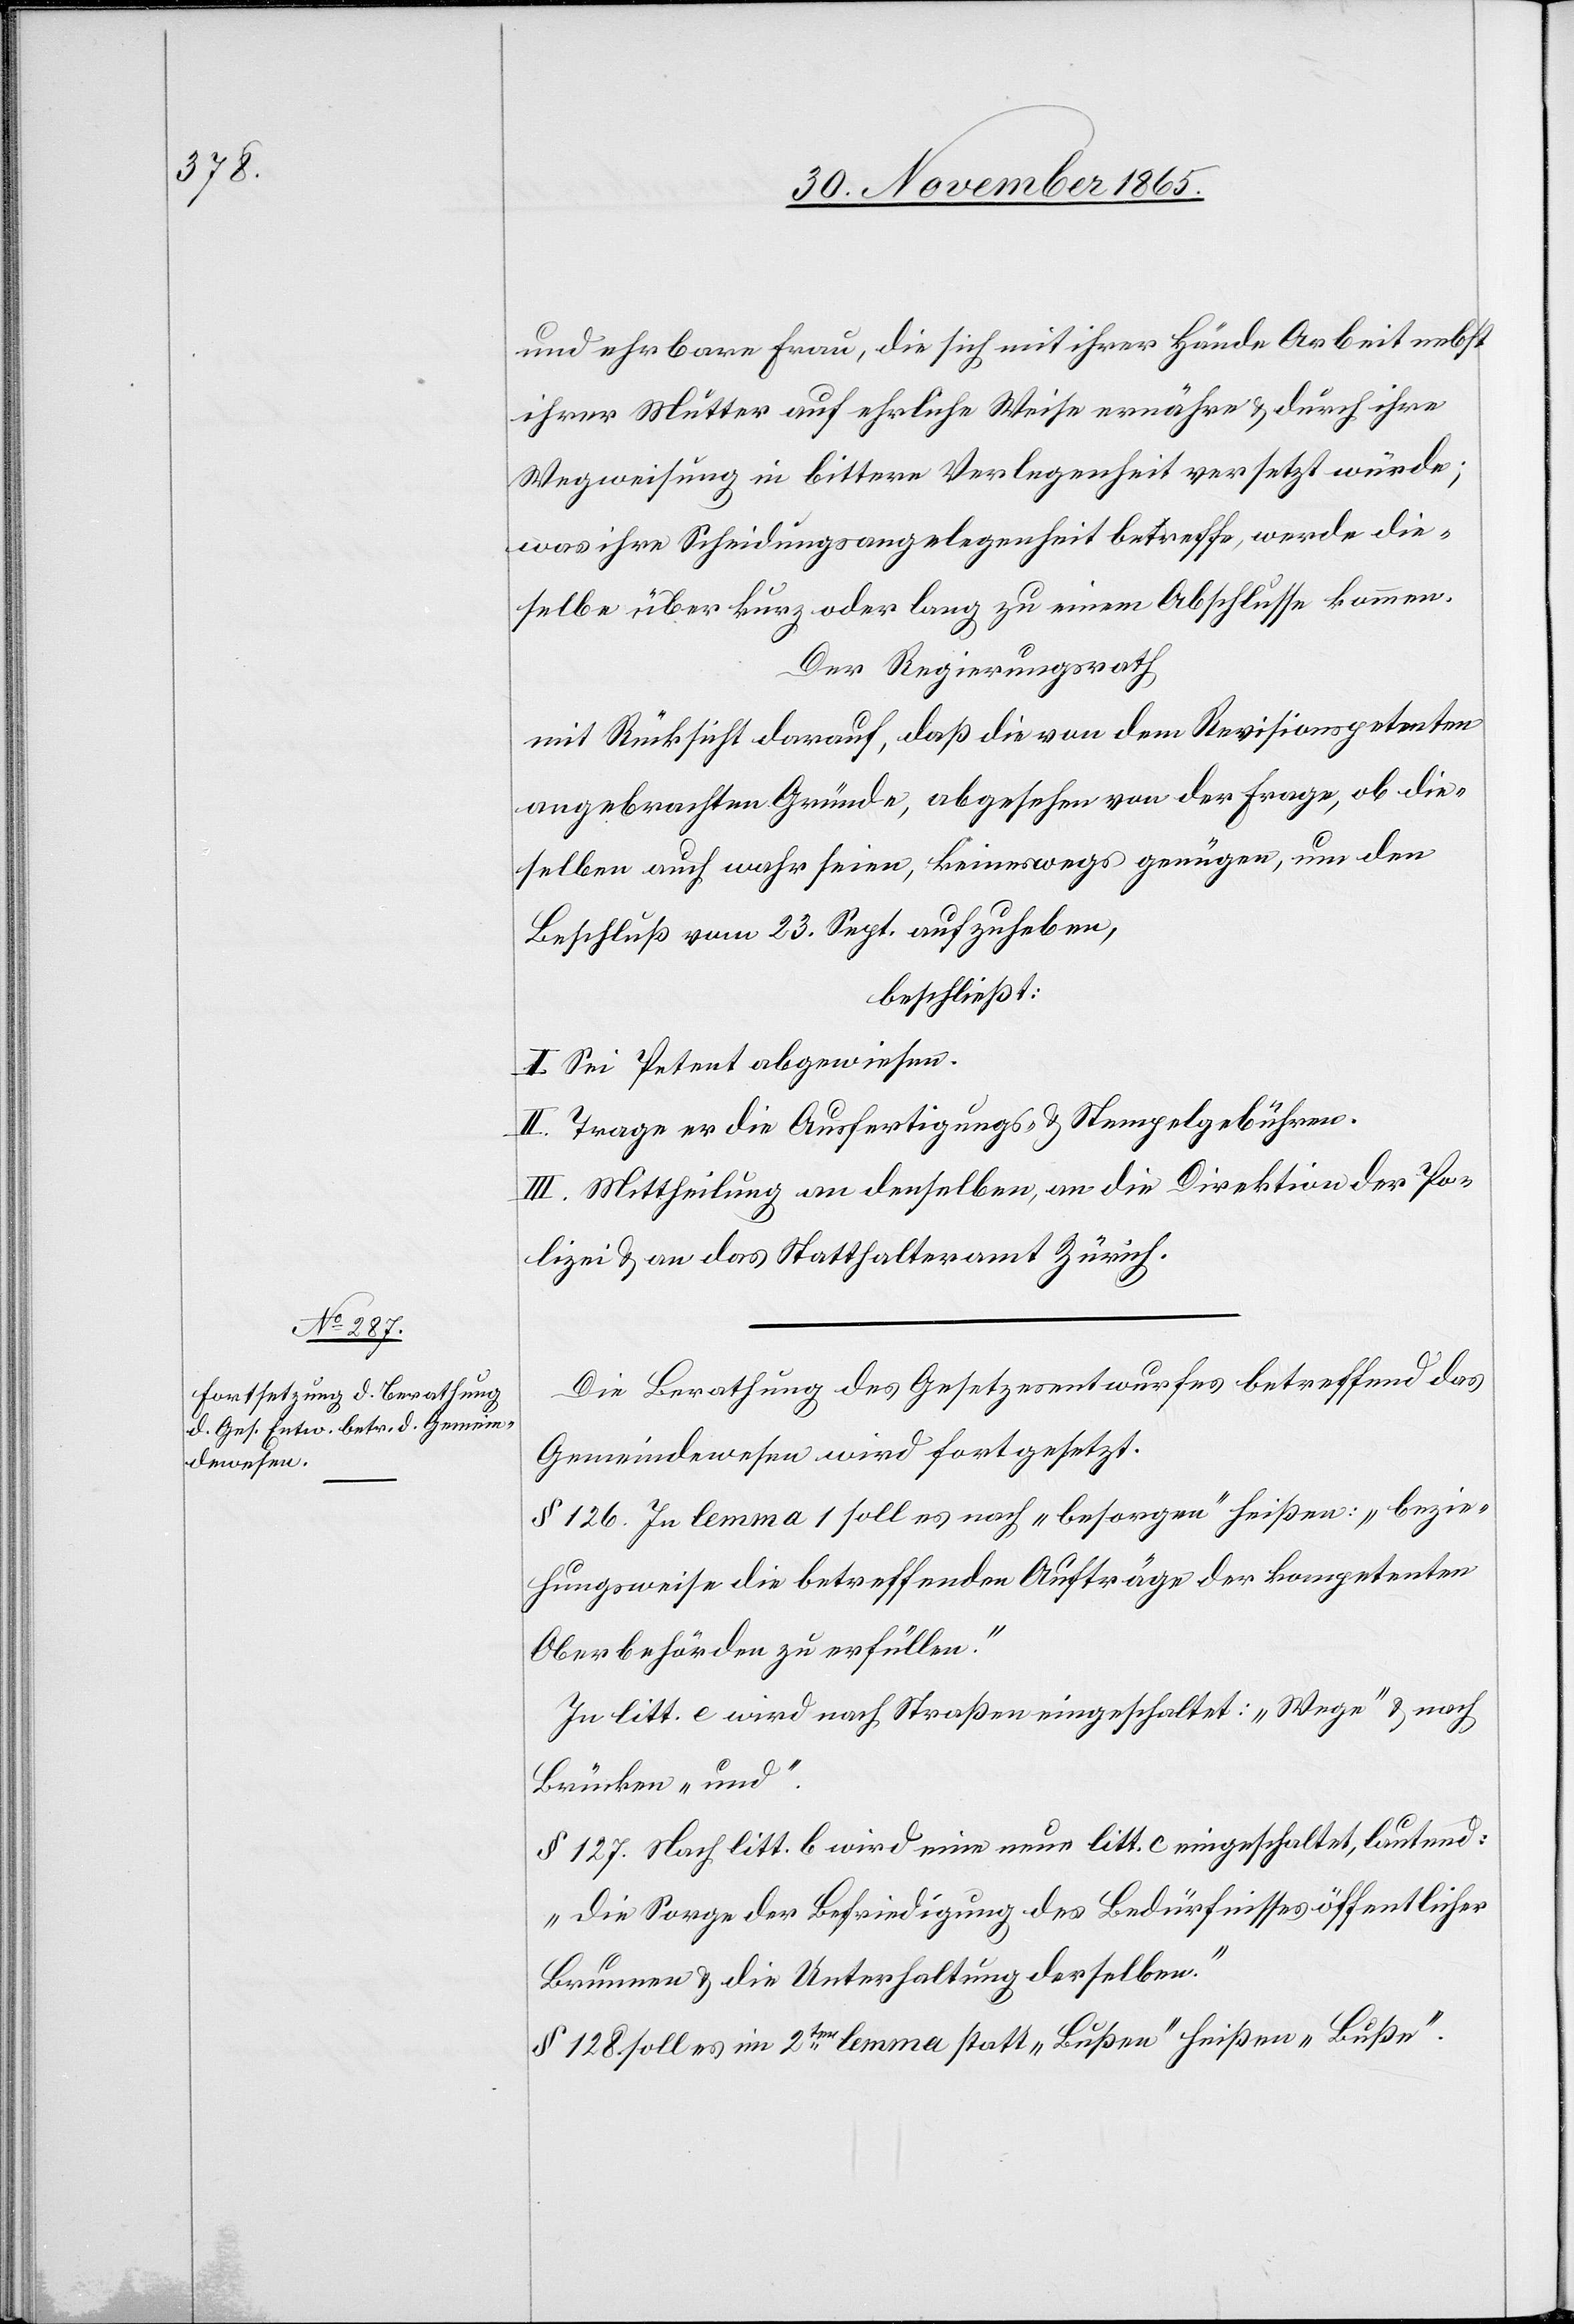
und ehrbare Frau, die sich mit ihrer Hände Arbeit nebst
ihrer Mutter auf ehrliche Weise ernähre & durch ihre
Wegweisung in bittere Verlegenheit versetzt wurde;
was ihre Scheidungsangelegenheit betreffe, werde die¬
selbe über kurz oder lang zu einem Abschlusse kommen.
Der Regierungsrath,
mit Rücksicht darauf, daß die von dem Revisionspetenten
angebrachten Gründe, abgesehen von der Frage, ob die¬
selben auch wahr seien, keineswegs genügen, um den
Beschluß vom 23. Sept. aufzuheben,
beschließt:
I. Sei Petent abgewiesen.
II. Trage er die Ausfertigungs- & Stempelgebühren.
III. Mittheilung an denselben, an die Direktion der Po¬
lizei & an das Statthalteramt Zürich.
Die Berathung des Gesetzesentwurfes betreffend das
Gemeindewesen wird fortgesetzt.
§ 126. In lemma 1 soll es nach „besorgen“ heißen: „bezie¬
hungsweise die betreffenden Aufträge der kompetenten
Oberbehörden zu erfüllen.“
In litt. e wird nach Straßen eingeschaltet: „Wege“ & nach
Brücken „und“.
§ 127. Nach litt. b wird eine neue litt. c eigeschaltet, lautend:
„Die Sorge der Befriedigung des Bedürfnisses öffentlicher
Brunnen & die Unterhaltung derselben.“
§ 128 soll es im 2ten lemma statt „Bußen“ heißen „Buße“.